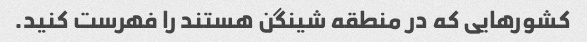
کشورهایی که در منطقه شینگن هستند را فهرست کنید.